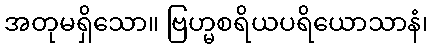
အတုမရှိသော။ ဗြဟ္မစရိယပရိယောသာနံ၊